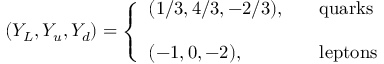
( Y _ { L } , Y _ { u } , Y _ { d } ) = \left\{ \begin{array} { l l } { { ( 1 / 3 , 4 / 3 , - 2 / 3 ) , \quad } } & { { \mathrm { q u a r k s } \hfill } } \\ { { } } & { { } } \\ { { ( - 1 , 0 , - 2 ) , } } & { { \mathrm { l e p t o n s } } } \end{array} \right.